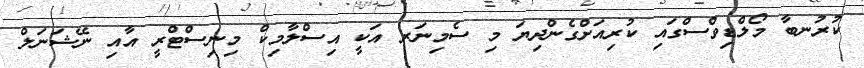
ކުރުނބާ މޯލްޑިވްސްގައި ކުރިއަށްގެންދިޔަ މި ސެމިނަރ އަކީ އިސްލާމިކް މިނިސްޓްރީ އާއި ނޭޝަނަލް